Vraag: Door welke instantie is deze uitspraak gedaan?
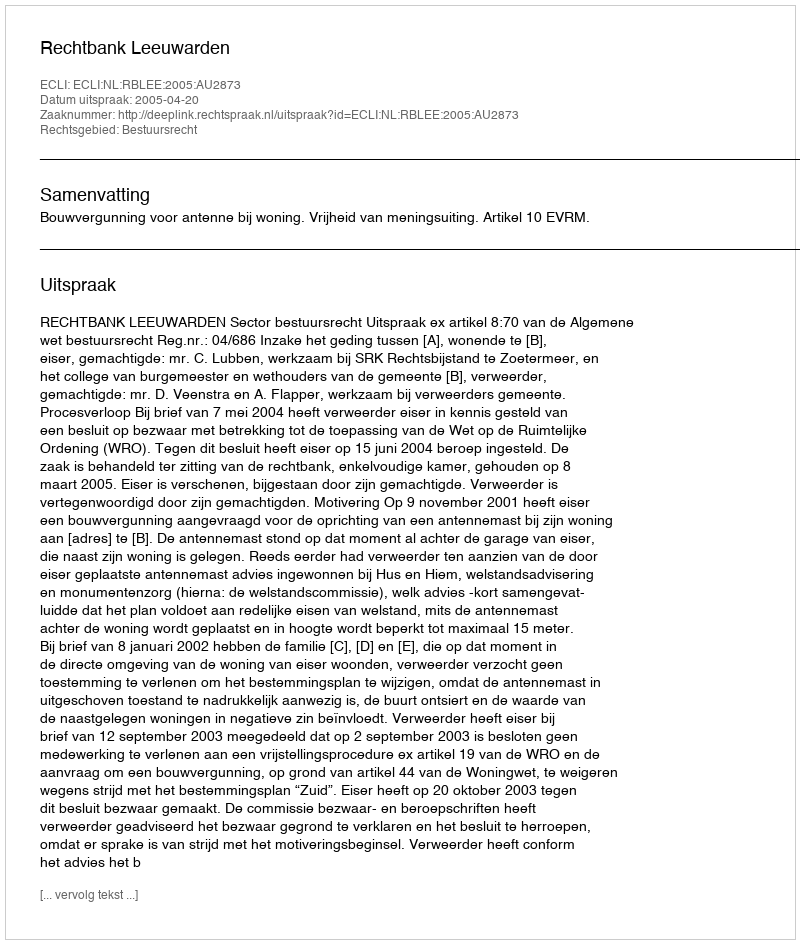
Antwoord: Rechtbank Leeuwarden